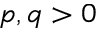
p , q > 0